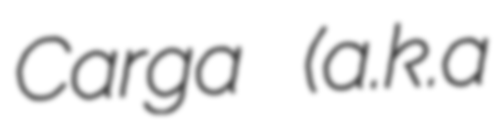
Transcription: Carga (a.k.a